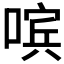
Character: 𰈚